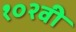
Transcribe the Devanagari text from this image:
१०२वी